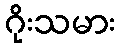
ဂိုးသမား